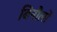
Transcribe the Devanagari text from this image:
बिनौलों